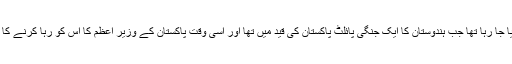
یہ بیان تب دیا جا رہا تھا جب ہندوستان کا ایک جنگی پائلٹ پاکستان کی قید میں تھا اور اسی وقت پاکستان کے وزیر اعظم کا اس کو رہا کرنے کا اعلان آیا تھا۔